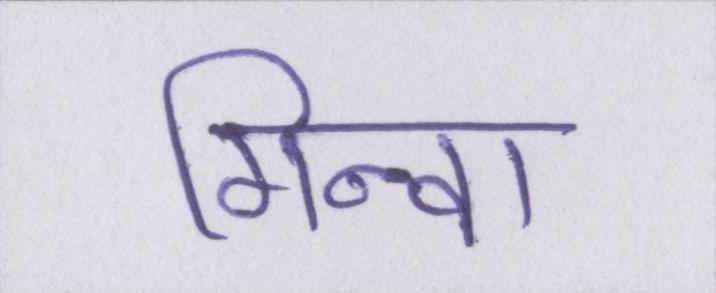
गिनवा